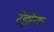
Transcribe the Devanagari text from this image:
रेझेक